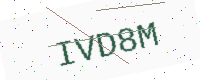
Text: IVD8M